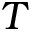
T